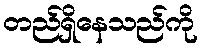
တည်ရှိနေသည်ကို